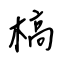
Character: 槁